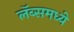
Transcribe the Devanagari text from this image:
लॅब्समध्ये